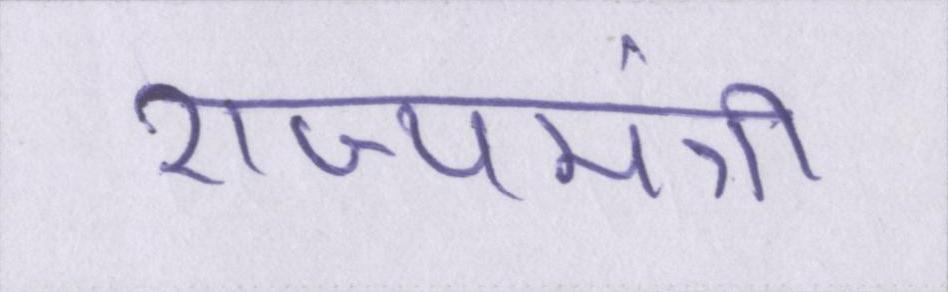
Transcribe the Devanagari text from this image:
राज्यमंत्री